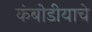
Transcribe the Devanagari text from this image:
कंबोडीयाचे